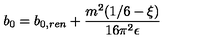
b _ { 0 } = b _ { 0 , r e n } + { \frac { m ^ { 2 } ( 1 / 6 - \xi ) } { 1 6 \pi ^ { 2 } \epsilon } }